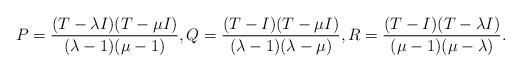
LaTeX: \begin{align*}P = \frac{(T - \lambda I)(T - \mu I)}{(\lambda - 1)(\mu - 1)}, Q = \frac{(T - I)(T - \mu I)}{(\lambda - 1)(\lambda - \mu)}, R = \frac{(T - I)(T - \lambda I)}{(\mu - 1)(\mu - \lambda)}.\end{align*}